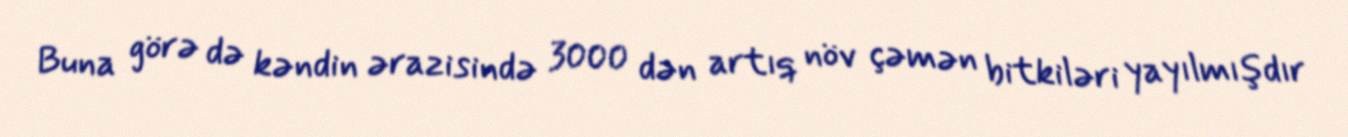
Buna görə də kəndin ərazisində 3000 dən artıq növ çəmən bitkiləri yayılmışdır